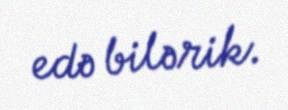
edə bilərik.